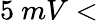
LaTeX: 5~mV<